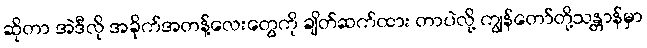
ဆိုတာ အဲဒီလို အခိုက်အတန့်လေးတွေကို ချိတ်ဆက်ထား တာပဲလို့ ကျွန်တော်တို့သန္တာန်မှာ